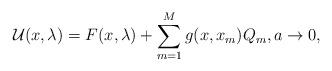
LaTeX: \begin{align*} \mathcal{U}(x, \lambda) = F(x,\lambda) + \sum^{M}_{m = 1}g(x, x_m)Q_m, a \rightarrow 0,\end{align*}